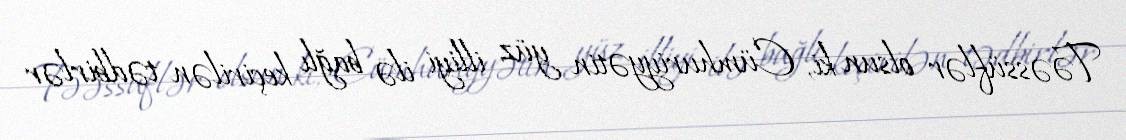
Təəssüflər olsun ki, Cümhuriyyətin yüz illiyi ilə bağlı keçirilən tədbirlər